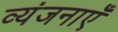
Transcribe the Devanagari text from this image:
व्यंजनाएँ